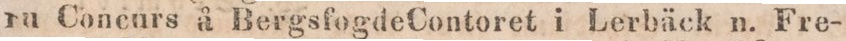
fu Concurs å BergsfogdeContoret i Lerbäck n. Fre-